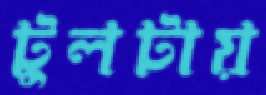
টুলটায়